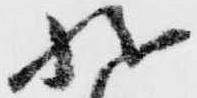
状